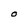
Character: O